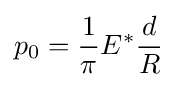
p_{0}={\frac {1}{\pi }}E^{*}{\frac {d}{R}}